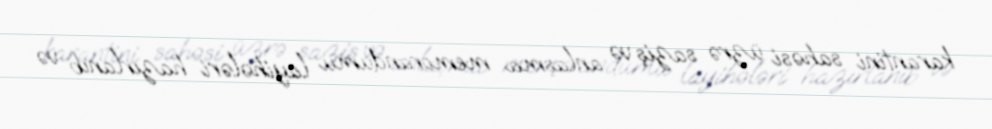
karantini sahəsi üzrə saziş və anlaşma memorandumu layihələri hazırlanıb və